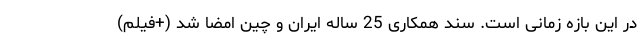
در این بازه زمانی است. سند همکاری 25 ساله ایران و چین امضا شد (+فیلم)